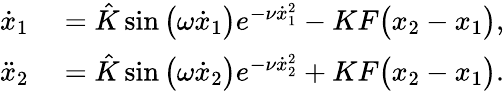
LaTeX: \begin{array}{rl}{\dot{x}_{1}}&{{}=\hat{K}\sin\big(\omega\dot{x}_{1}\big)e^{-\nu\dot{x}_{1}^{2}}-KF\big({x}_{2}-{x}_{1}\big),}\\ {\ddot{x}_{2}}&{{}=\hat{K}\sin\big(\omega\dot{x}_{2}\big)e^{-\nu\dot{x}_{2}^{2}}+KF\big({x}_{2}-{x}_{1}\big).}\end{array}